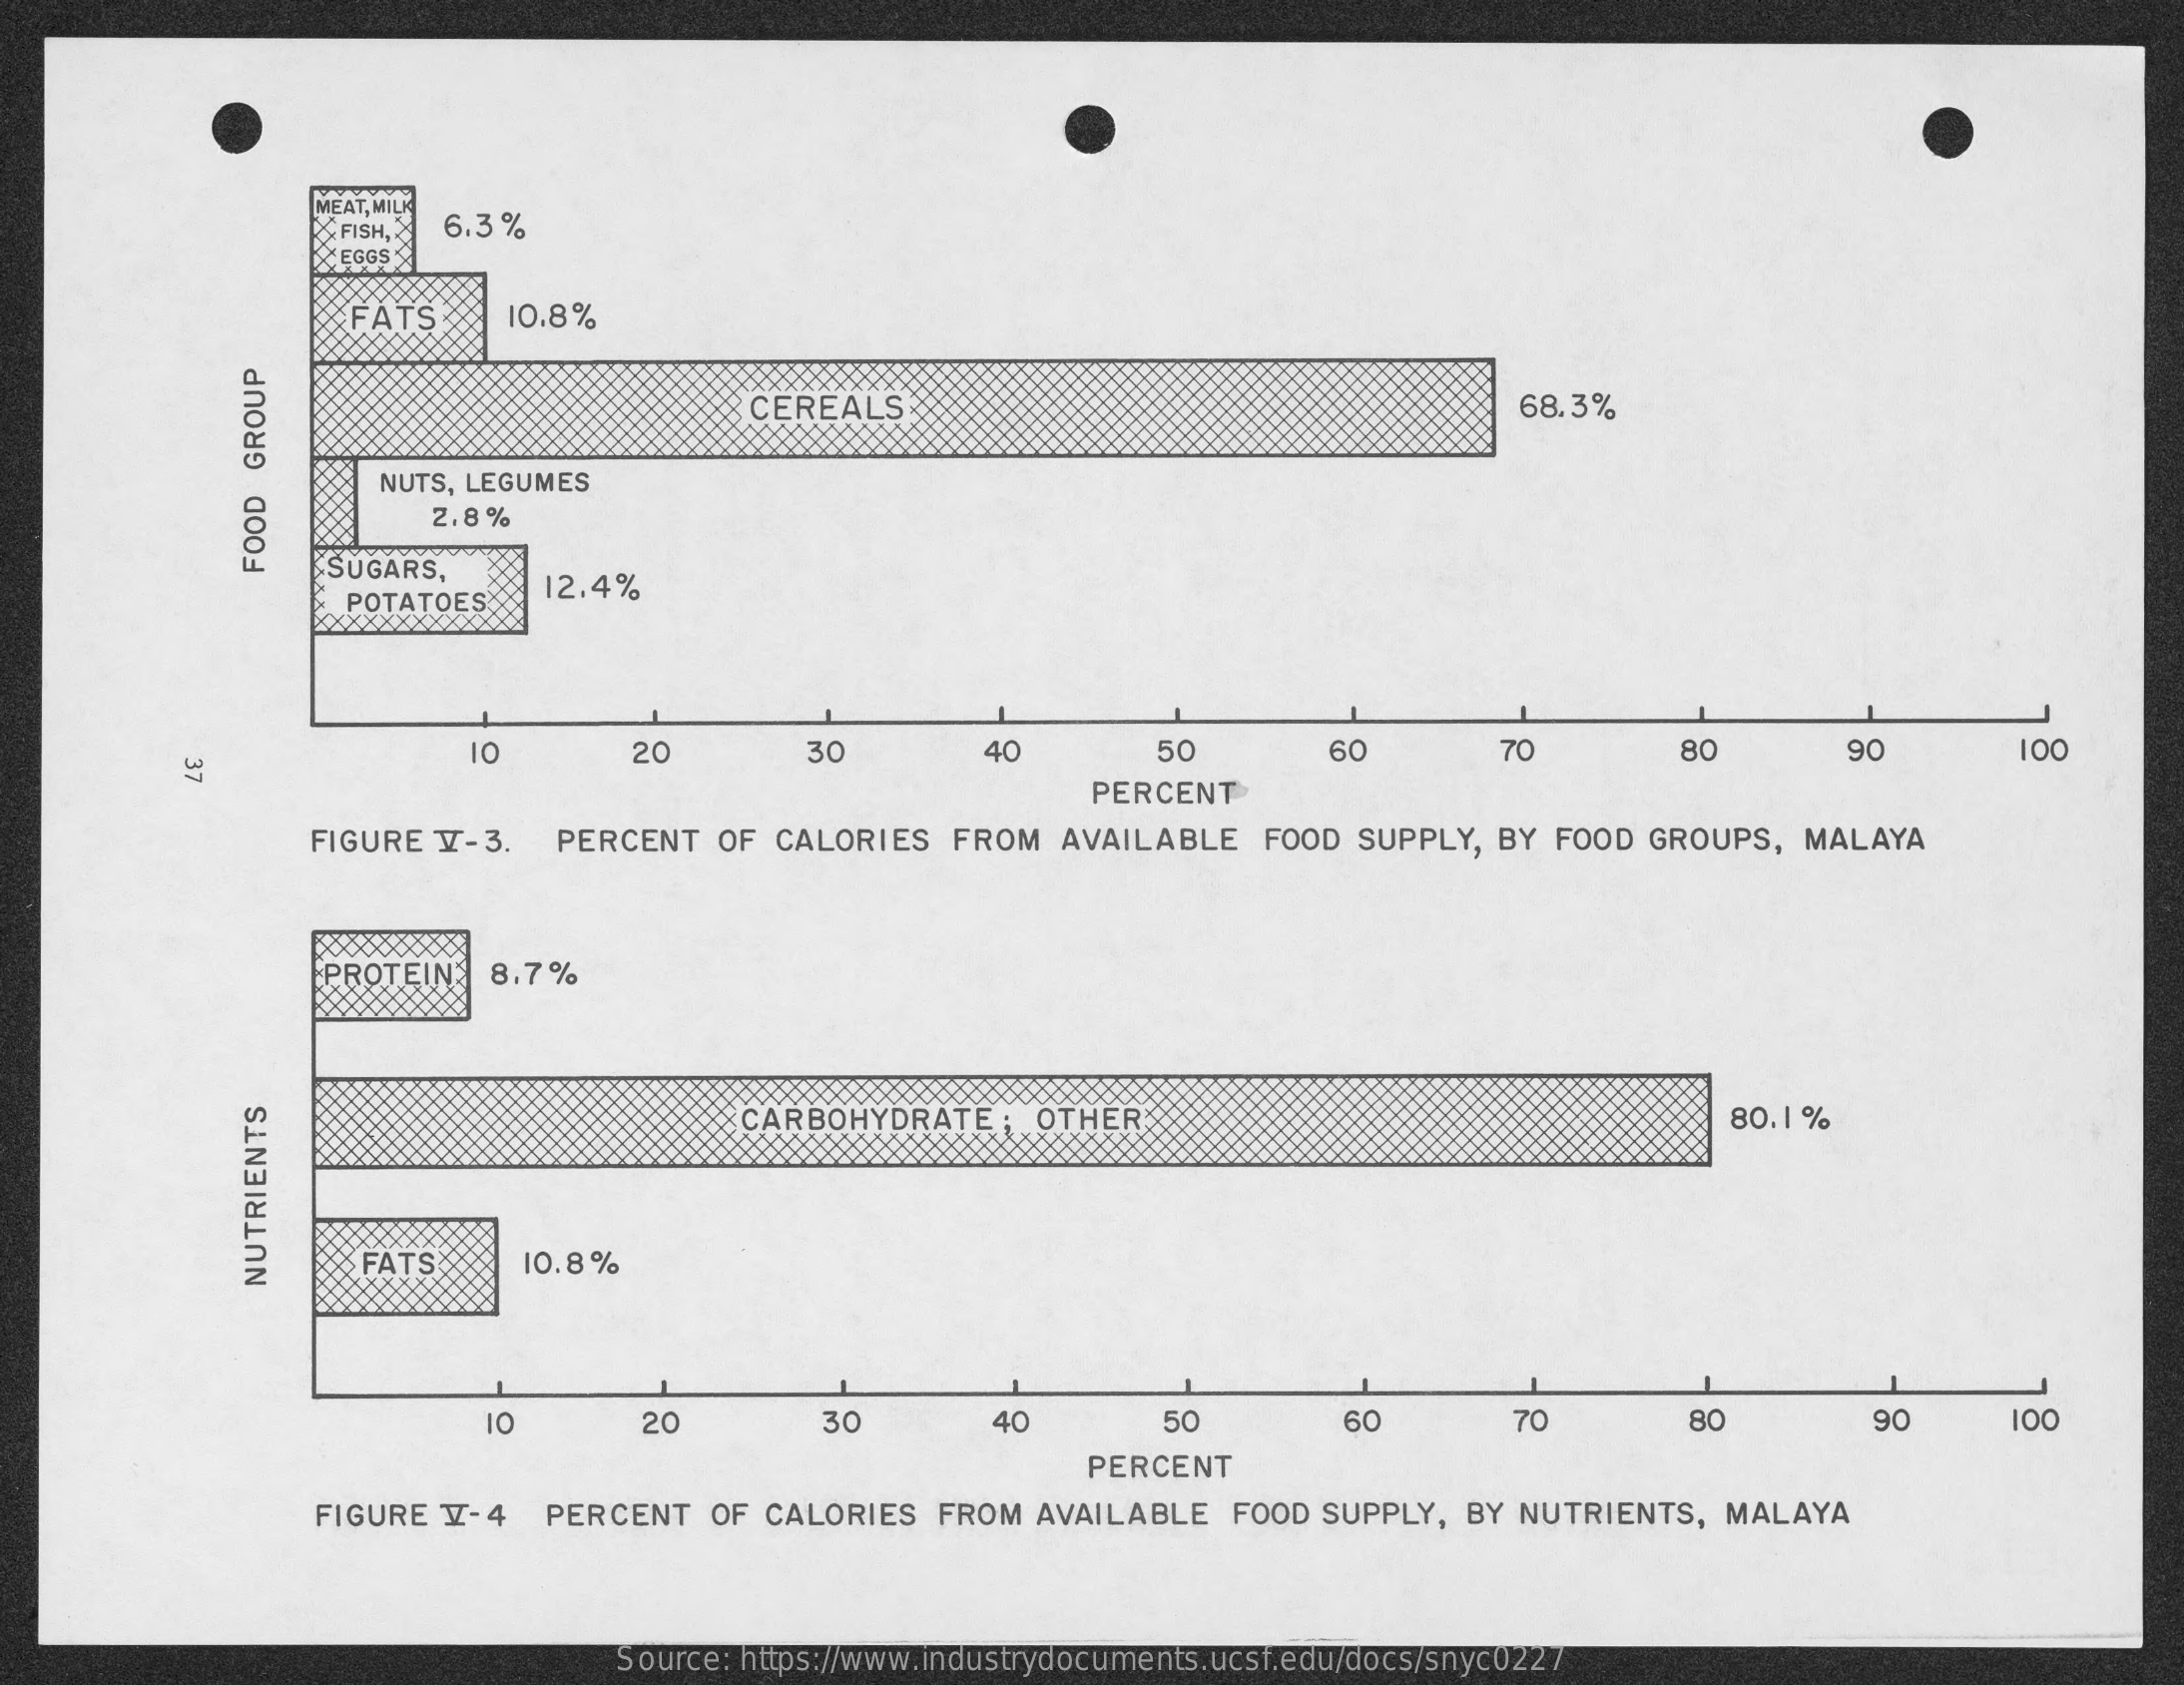
MEAT, MILK
     FISH, 6.3 %
     EGGS
     FATS  10.8%
     CEREALS    68.3%
     XXXXXXXXXXX
     NUTS, LEGUMES
     2.8%
     SUGARS,
     POTATOES
     12,4%
     FOOD
     GROUP
     XXXXXXXXX
     10    20    30    40    50    60    70    80    90    100
     37
     PERCENT
     FIGURE Y-3. PERCENT OF CALORIES FROM AVAILABLE FOOD SUPPLY, BY FOOD GROUPS, MALAYA
     PROTEIN 8.7%
     XXXXXXXXXX
     CARBOHYDRATE: OTHER    80.1 %
     FATS   10.8 %
     NUTRIENTS
     10    20    30    40    50    60    70    80    90    100
     PERCENT
     FIGURE Y-4 PERCENT OF CALORIES FROM AVAILABLE FOOD SUPPLY, BY NUTRIENTS, MALAYA
     Source: https://www.industrydocuments.ucsf.edu/docs/snyc0227